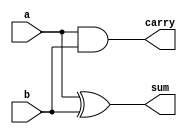
module hadd(sum,carry,a,b);
  output sum, carry;
  input a, b;
  assign sum = a ^ b; // assigning sum
  assign carry = a & b; // assigning carry
endmodule